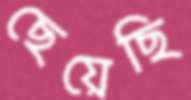
ছেয়েছি